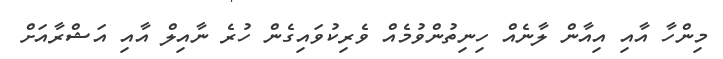
މިންހާ އާއި އިއާން ލާނެއް ހިނިތުންވުމެއް ވެރިކުވައިގެން ހުރެ ނާއިލް އާއި އަޝްރާއަށް